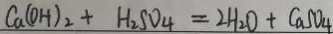
C a ( O H ) _ { 2 } + H _ { 2 } S O _ { 4 } = 2 H _ { 2 } O + C a S O _ { 4 }